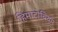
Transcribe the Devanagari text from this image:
हिमाटोबियम